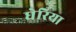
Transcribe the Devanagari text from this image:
घेरिया